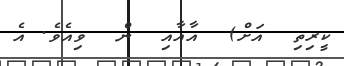
ކީރިތި  އަށް)  އާއާއި  ން  ވިއެވެ. އެ